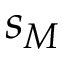
s _ { M }